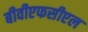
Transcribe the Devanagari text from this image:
बीवीएफसीएल